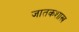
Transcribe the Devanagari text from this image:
जातकशास्त्र